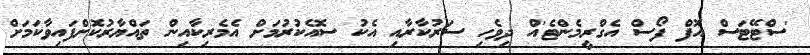
'ސްޓޭޓަސް އޮފް ފޯސް އެގްރީމެންޓެ'އް ދިވެހި ސަރުކާރާއި އެކު ސޮއެކުރުމަށް އެމެރިކާއިން ތައްޔާރުކޮށްފައިވާކަމަށް